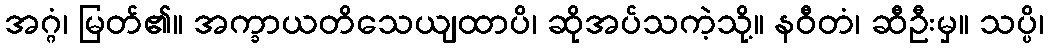
အဂ္ဂံ၊ မြတ်၏။ အက္ခာယတိသေယျထာပိ၊ ဆိုအပ်သကဲ့သို့။ နဝီတံ၊ ဆီဦးမှ။ သပ္ပိ၊